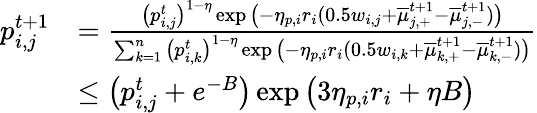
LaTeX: \begin{array}{rl}{p_{i,j}^{t+1}}&{=\frac{\big(p_{i,j}^{t}\big)^{1-\eta}\exp\big(-\eta_{p,i}r_{i}(0.5w_{i,j}+\overline{{\mu}}_{j,+}^{t+1}-\overline{{\mu}}_{j,-}^{t+1})\big)}{\sum_{k=1}^{n}\big(p_{i,k}^{t}\big)^{1-\eta}\exp\big(-\eta_{p,i}r_{i}(0.5w_{i,k}+\overline{{\mu}}_{k,+}^{t+1}-\overline{{\mu}}_{k,-}^{t+1})\big)}}\\ &{\leq\big(p_{i,j}^{t}+e^{-B}\big)\exp\big(3\eta_{p,i}r_{i}+\eta B\big)}\end{array}